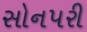
સોનપરી